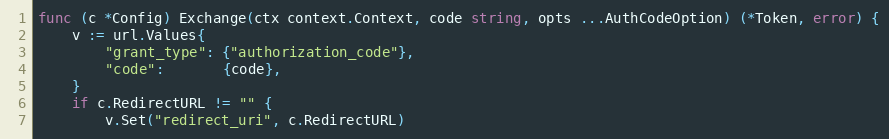
Language: Go
func (c *Config) Exchange(ctx context.Context, code string, opts ...AuthCodeOption) (*Token, error) {
	v := url.Values{
		"grant_type": {"authorization_code"},
		"code":       {code},
	}
	if c.RedirectURL != "" {
		v.Set("redirect_uri", c.RedirectURL)